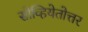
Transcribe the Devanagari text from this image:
सोव्हियेतोत्तर